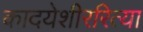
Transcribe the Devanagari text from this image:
कादयेशीररित्या